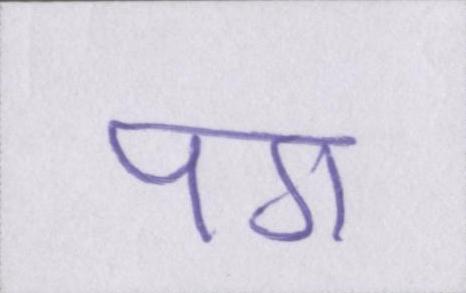
पग